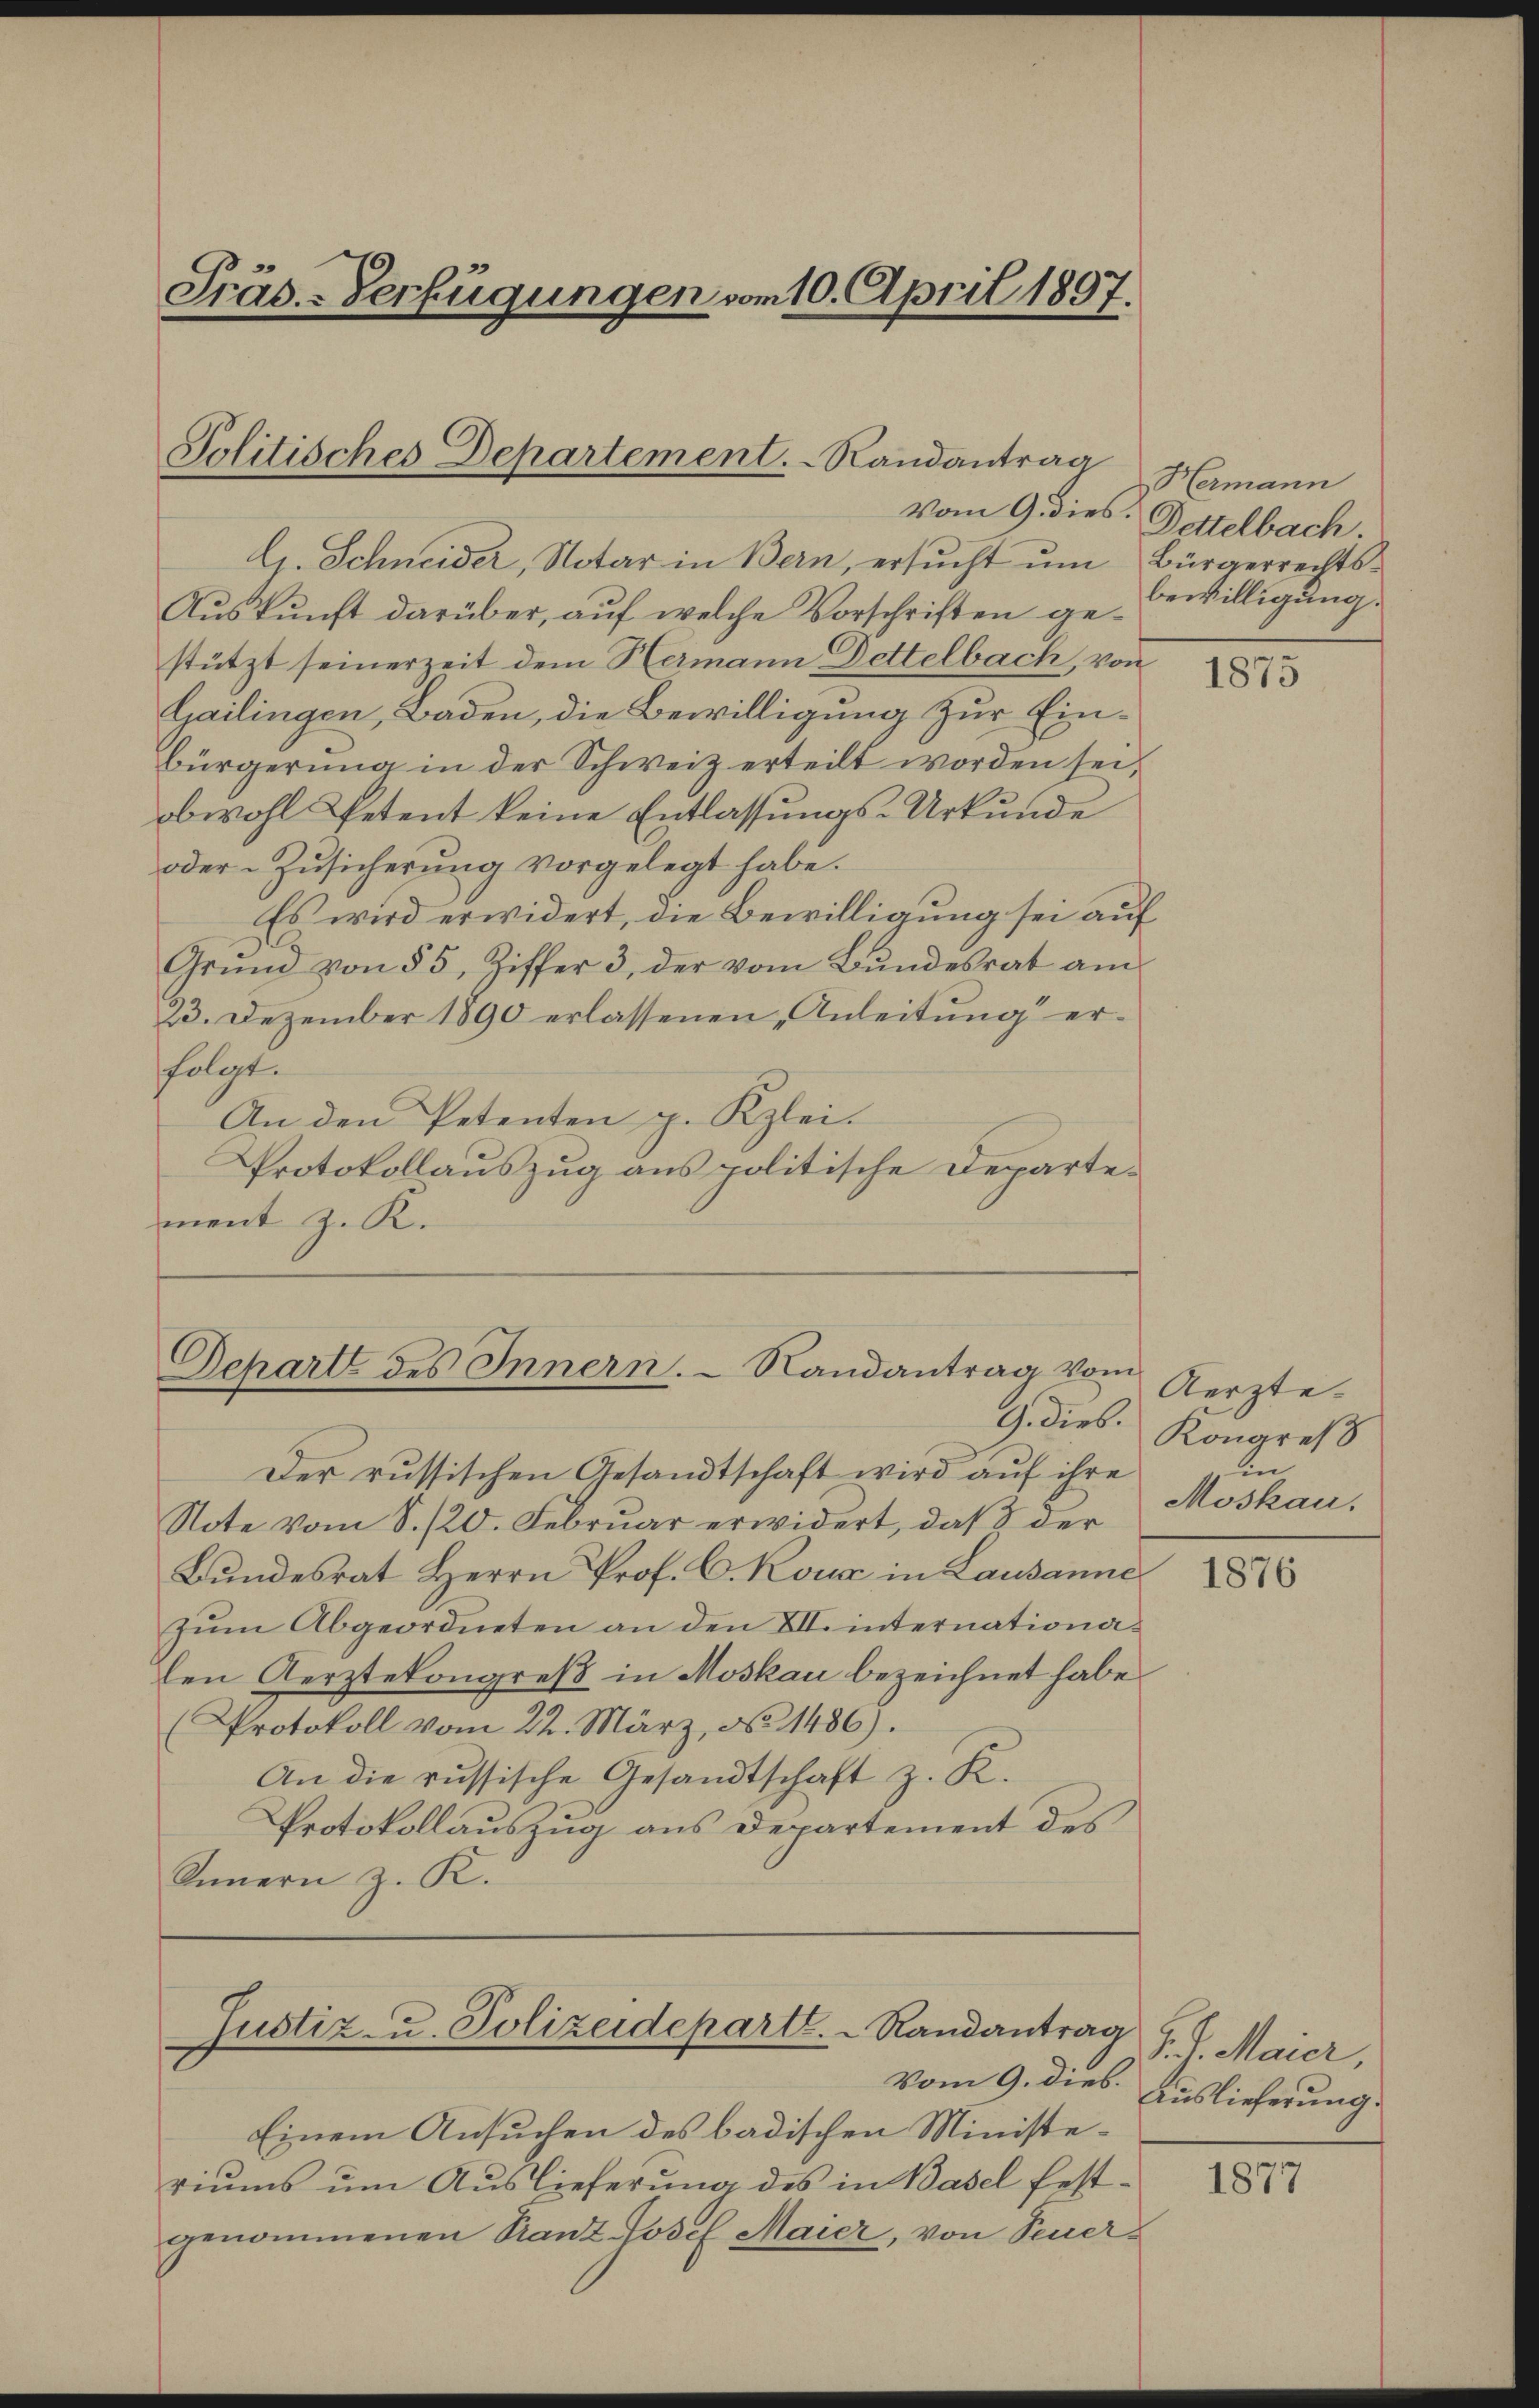
Präs.-Verfügungen vom 10. April 1807.

G. Schneider, Notar in Bern, ersucht um Bürgerrechts¬
Auskunft darüber, auf welche Vorschriften gestützt seinerzeit dem Hermann Dettelbach, von
Gailingen, Baden, die Bewilligung zur Einbürgerung in der Schweiz erteilt worden sei,
obwohl Petent keine Entlassungs-Urkunde
oder Zŭsicherŭng vorgelegt habe.
Es wird erwidert, die Bewilligung sei auf
Grŭnd von § 5, Ziffer 3, der vom Bŭndesrat am
23. Dezember 1890 erlassenen „Anleitung erfolgt.
An den Petenten g. Klei¬
Protokollauszug aus politische Departement z. R.

Politisches Departement. Randantrag

Schartt des Innern. Randantrag vom
G. Dieb.

Der russischen Gesandtschaft wird auf ihre
Note vom S. 120. Februar erwidert, daß der
Bŭndesrat Herrn Prof. C. Koua in Lausanne
zŭm Abgeordneten an den XII. internationalen Aerztekongreß in Moskau bezeichnet habe
(Protokoll vom 22. März, No. 1486).
An die russische Gesandtschaft z. K.
Protokollauszug aus Departement des
Innern z. K.

Einem Ansuchen des badischen Ministeriŭms ŭm Auslieferung des in Basel fest-
genommenen Pranz Josef Maier, von Feuer¬

Justiz u. Polizeidepart.   Randantrag
Vom 9. dies.

Hermann
vom 9. dies. Dettelbach.
bewilligung.

1875

Aerzte-
Kongreß
den
Moskau.

1876

v. J. Maier
Auslieferung.

1877